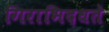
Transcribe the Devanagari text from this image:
गिराभिदधते